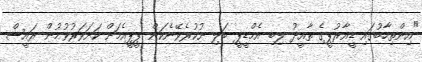
"އިންތިހާބުގައި ޑީއާރުޕީގެ ތާއީދު ލިބި އެމްޑީޕީ ބަލި ނުކުރެވޭނެކަން ޕީޕީއެމަށް ކަށަވަރުވުމުން ރައީސް